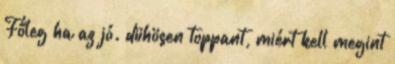
Főleg ha az jó. dühösen toppant, miért kell megint